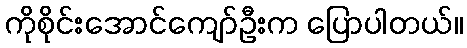
ကိုစိုင်းအောင်ကျော်ဦးက ပြောပါတယ်။